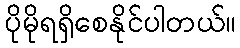
ပိုမိုရရှိစေနိုင်ပါတယ်။